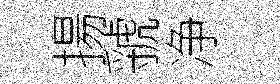
揚虢净